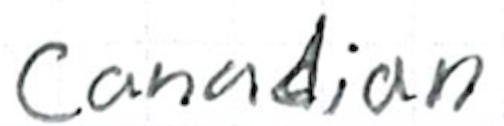
Text: Canadian
Cross-out: clean
Writing tool: ballpoint